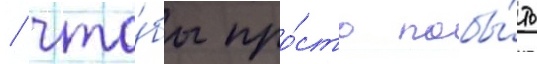
/ что́бы про́сто побы́ть